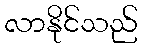
လာနိုင်သည်